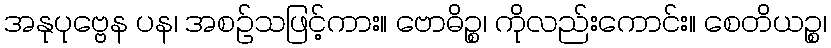
အနုပုဗ္ဗေန ပန၊ အစဉ်သဖြင့်ကား။ ဗောဓိဉ္စ၊ ကိုလည်းကောင်း။ စေတိယဉ္စ၊